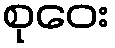
စုဝေး